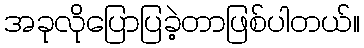
အခုလိုပြောပြခဲ့တာဖြစ်ပါတယ်။